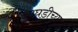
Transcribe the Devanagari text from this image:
आघडीच्या